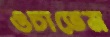
ওচাতেম